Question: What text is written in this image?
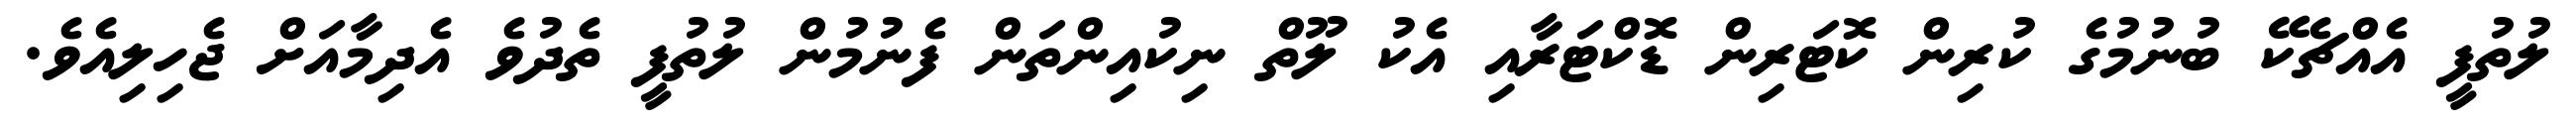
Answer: ލުތުފީ އެއްޗެކޭ ބުނުމުގެ ކުރިން ކޮޓަރިން ޑޮކްޓަރާއި އެކު ލޫތް ނިކުއިންތަން ފެނުމުން ލުތުފީ ތެދުވެ އެދިމާއަށް ޖެހިލިއެވެ.